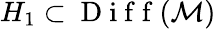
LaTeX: H_{1}\subset\mathrm{~D~i~f~f~}(\mathcal{M})